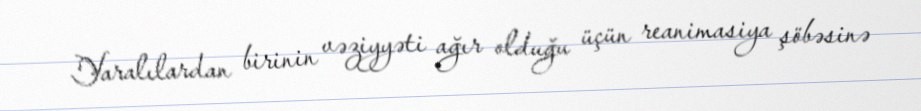
Yaralılardan birinin vəziyyəti ağır olduğu üçün reanimasiya şöbəsinə